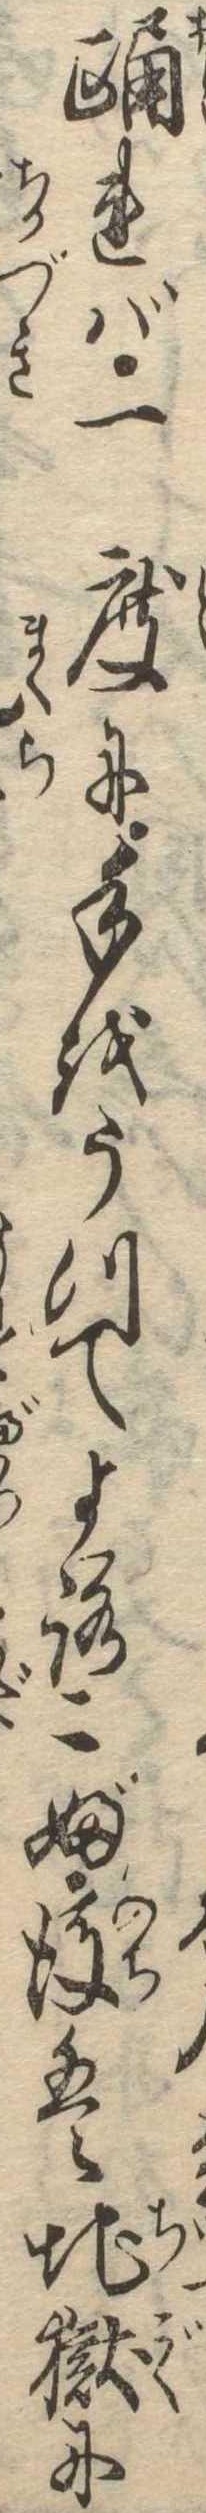
踊れば一度に手をうつてよろこぶ後は地獄に